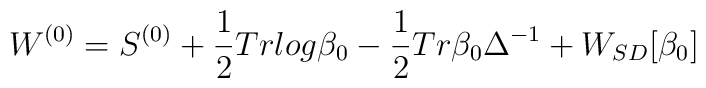
W^{(0)} = S^{(0)} + \frac{1}{2} Tr log \beta_0 - \frac{1}{2} Tr \beta_0 \Delta^{-1} + W_{SD} [\beta_0]